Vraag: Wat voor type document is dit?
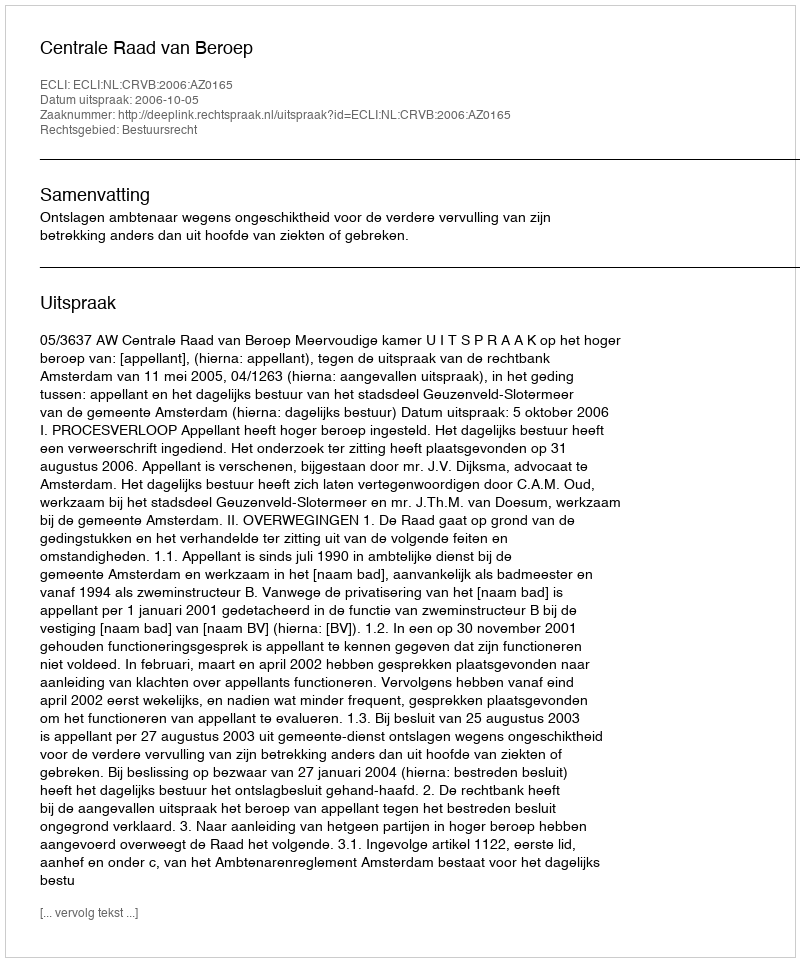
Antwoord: Uitspraak